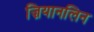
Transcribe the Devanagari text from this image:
ज़ियानलिन